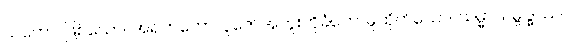
သတော၊ ဖြစ်သော။ အရဟတော၊ ပူဇော်အထူးကိုခံတော်မူထိုက်သော။ သမ္မာသမ္ဗုဒ္ဓဿ၊